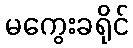
မကွေးခရိုင်